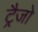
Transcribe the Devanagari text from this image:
ट्रैजो